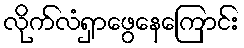
လိုက်လံရှာဖွေနေကြောင်း